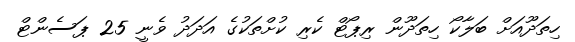
ހިތަދޫއަށް ބަލާކޯ ހިތަދޫން ރިޕޯޓް ކެރި ކުށްތަކުގެ އަދަދު ވެނީ 25 ޕަސެންޓް